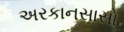
અરકાનસાસો